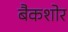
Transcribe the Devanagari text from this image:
बैकशोर